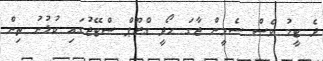
ދެ ޓީމު ވެސް ސެމީން ޖާގަ ހޯދީ ގްރޫޕް ސްޓޭޖުގައި ކުޅުނު ތިން